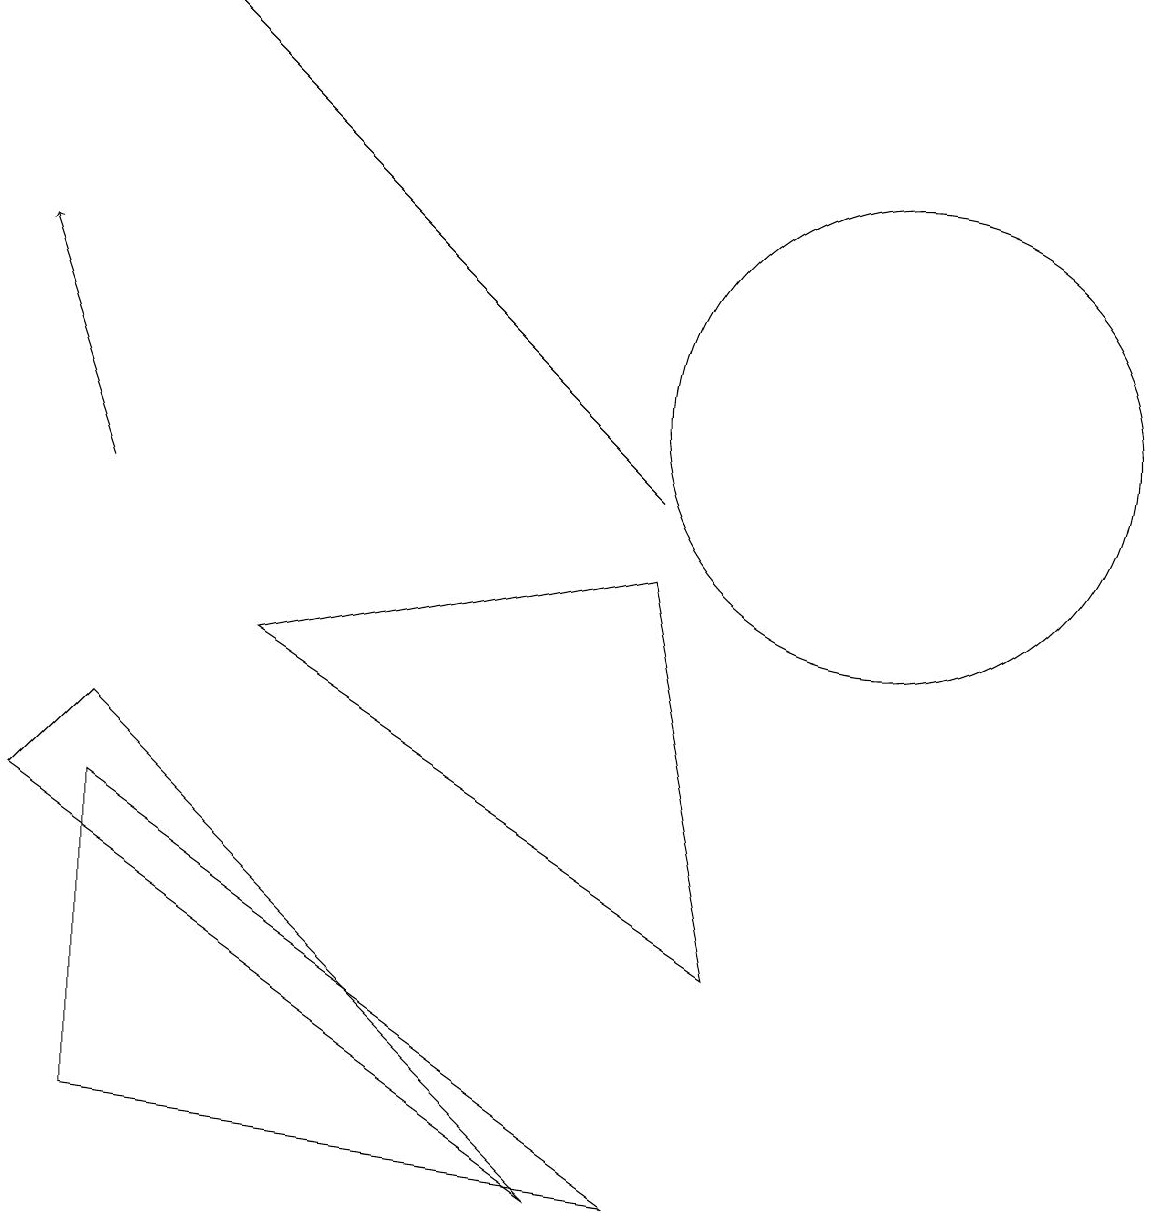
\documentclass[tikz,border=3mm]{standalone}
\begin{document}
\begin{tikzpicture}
\draw[->] (1,10) -- (0,13);
\draw (3,8) -- (9,4) -- (8,9) -- cycle;
\draw[->] (8,10) -- (2,16);
\draw (1,6) -- (1,2) -- (8,1) -- cycle;
\draw (11,11) circle (3);
\draw (7,1) -- (0,6) -- (1,7) -- cycle;
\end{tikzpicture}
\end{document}